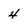
Character: 4